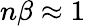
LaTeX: n\beta\approx 1